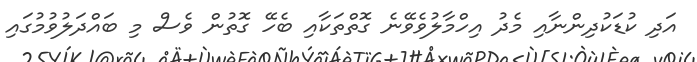
އަދި ކުޑަކުދިންނާއި މެދު އިހްމާލުވެވޭނެ ގޮތްތަކާއި ބެހޭ ގޮތުން ވެސް މި ބައްދަލުވުމުގައި